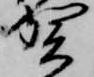
賀